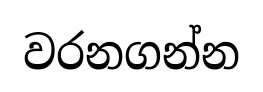
වරනගන්න